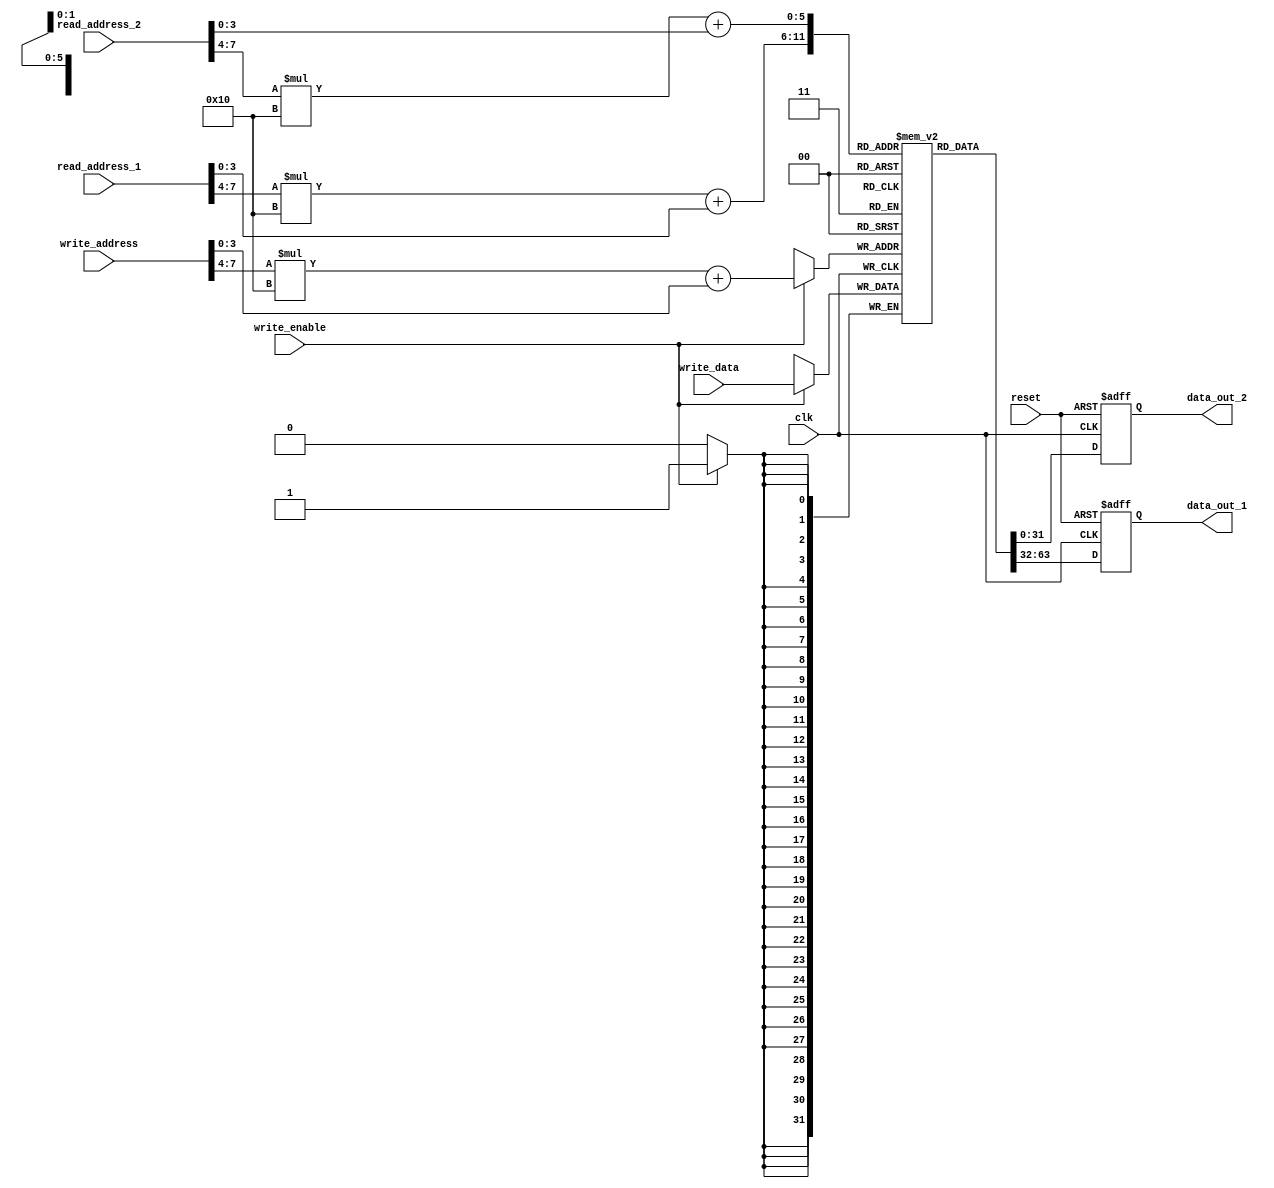
module MultiPortRegisterFile(
    input wire clk,                            // Clock signal
    input wire reset,                          // Reset signal
    
    input wire [31:0] read_address_1,         // Read address for port 1
    input wire [31:0] read_address_2,         // Read address for port 2
    output reg [31:0] data_out_1,             // Data output for port 1
    output reg [31:0] data_out_2,             // Data output for port 2
    
    input wire [31:0] write_address,          // Write address
    input wire [31:0] write_data,             // Data to be written
    input wire write_enable                   // Write enable signal
);

// Assuming each memory block has 16 registers and there are 4 memory blocks
reg [31:0] memory [3:0][15:0];

// Read logic for port 1
always @ (posedge clk or posedge reset)
begin
    if (reset)
        data_out_1 <= 32'h0;
    else
        data_out_1 <= memory[read_address_1[7:4]][read_address_1[3:0]];
end

// Read logic for port 2
always @ (posedge clk or posedge reset)
begin
    if (reset)
        data_out_2 <= 32'h0;
    else
        data_out_2 <= memory[read_address_2[7:4]][read_address_2[3:0]];
end

// Write logic
always @ (posedge clk)
begin
    if (write_enable)
        memory[write_address[7:4]][write_address[3:0]] <= write_data;
end

endmodule